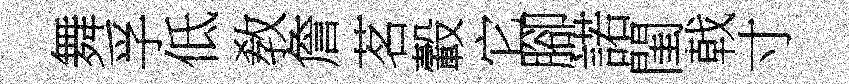
舞孚低敎詹茗轂它腳諾閨戟寸